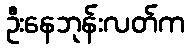
ဦးနေဘုန်းလတ်က